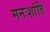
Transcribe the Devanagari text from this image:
मनःशांति